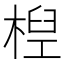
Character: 𣕕